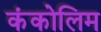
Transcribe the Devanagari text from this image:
कंकोलिम